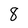
Character: 8